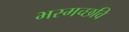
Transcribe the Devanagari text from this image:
भस्मच्छवि